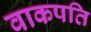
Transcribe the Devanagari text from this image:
वाकपति